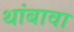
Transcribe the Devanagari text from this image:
थांबावा